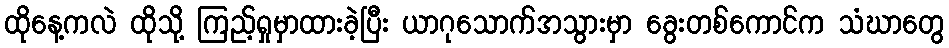
ထိုနေ့ကလဲ ထိုသို့ ကြည့်ရှုမှာထားခဲ့ပြီး ယာဂုသောက်အသွားမှာ ခွေးတစ်ကောင်က သံဃာတွေ